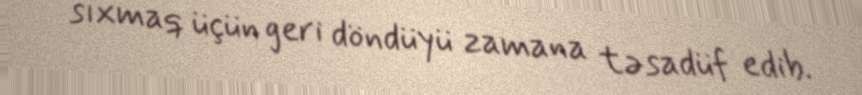
sıxmaq üçün geri döndüyü zamana təsadüf edib.